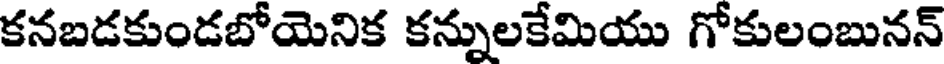
కనబడకుండబోయెనిక కన్నులకేమియు గోకులంబునన్